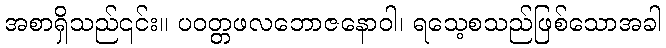
အစာရှိသည်၎င်း။ ပဝတ္တဖလဘောဇနောဝါ၊ ရသေ့စသည်ဖြစ်သောအခါ